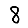
Digit: 8